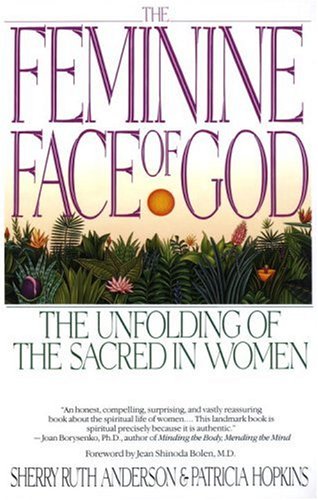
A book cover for The Feminine Face of God: The Unfolding of the Sacred in Women; Sherry Ruth Anderson; Religion & Spirituality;